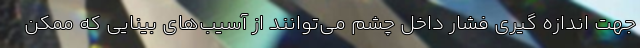
جهت اندازه گیری فشار داخل چشم می‌توانند از آسیب‌های بینایی که ممکن